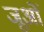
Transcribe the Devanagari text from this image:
जूओं